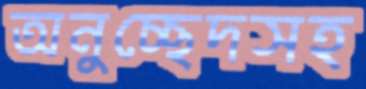
অনুচ্ছেদসহ